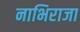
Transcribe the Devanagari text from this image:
नाभिराजा